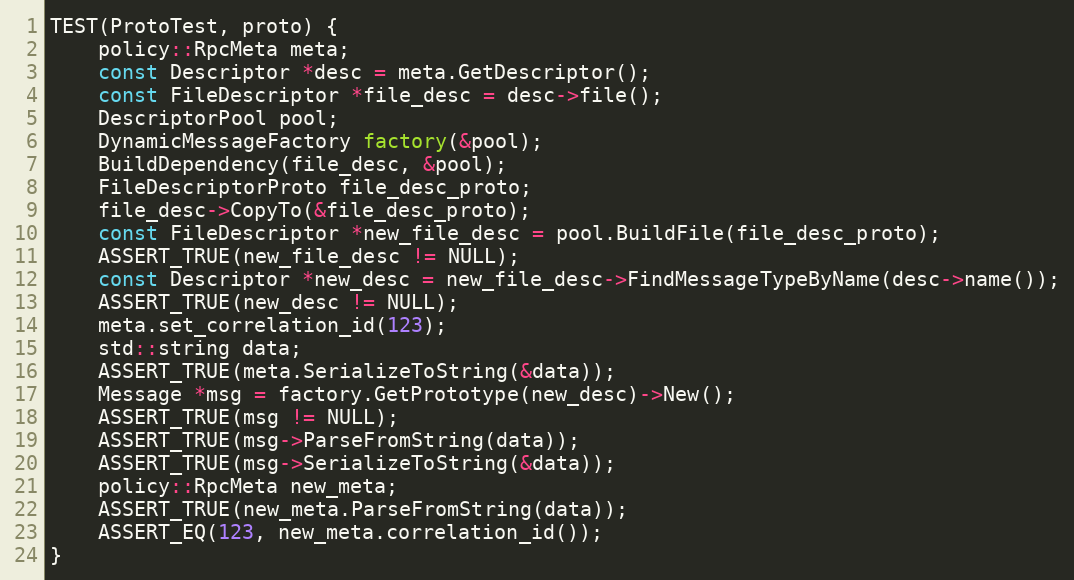
Language: C++
TEST(ProtoTest, proto) {
    policy::RpcMeta meta;
    const Descriptor *desc = meta.GetDescriptor();
    const FileDescriptor *file_desc = desc->file();
    DescriptorPool pool;
    DynamicMessageFactory factory(&pool);
    BuildDependency(file_desc, &pool);
    FileDescriptorProto file_desc_proto;
    file_desc->CopyTo(&file_desc_proto);
    const FileDescriptor *new_file_desc = pool.BuildFile(file_desc_proto);
    ASSERT_TRUE(new_file_desc != NULL);
    const Descriptor *new_desc = new_file_desc->FindMessageTypeByName(desc->name());
    ASSERT_TRUE(new_desc != NULL);
    meta.set_correlation_id(123);
    std::string data;
    ASSERT_TRUE(meta.SerializeToString(&data));
    Message *msg = factory.GetPrototype(new_desc)->New();
    ASSERT_TRUE(msg != NULL);
    ASSERT_TRUE(msg->ParseFromString(data));
    ASSERT_TRUE(msg->SerializeToString(&data));
    policy::RpcMeta new_meta;
    ASSERT_TRUE(new_meta.ParseFromString(data));
    ASSERT_EQ(123, new_meta.correlation_id());
}